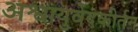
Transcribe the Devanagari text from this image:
अश्वायुर्वेदकीर्तन